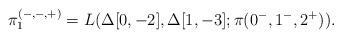
LaTeX: \begin{align*}\pi_1^{(-,-,+)} = L(\Delta[0,-2], \Delta[1,-3]; \pi(0^-,1^-,2^+)).\end{align*}